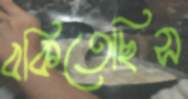
বকিতেছিস